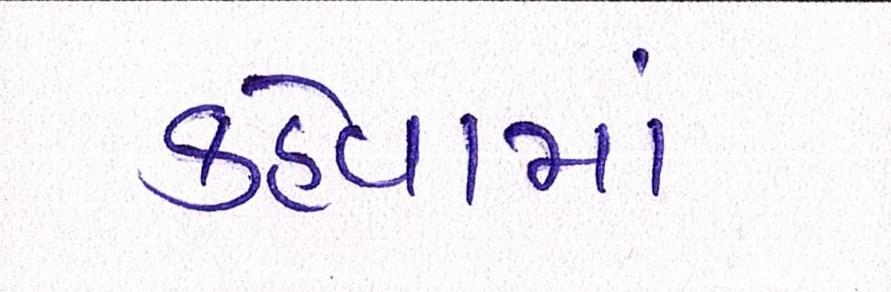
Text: કહેવામાં